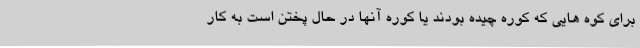
برای کوه هایی که کوره چیده بودند یا کوره آنها در حال پختن است به کار